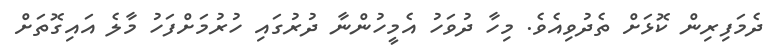
ދެމަފިރިން ކޮޅަށް ތެދުވިއެވެ. މިހާ ދުވަހު އެމީހުންނާ ދުރުގައި ހުރުމަށްފަހު މާލެ އައިގޮތަށް